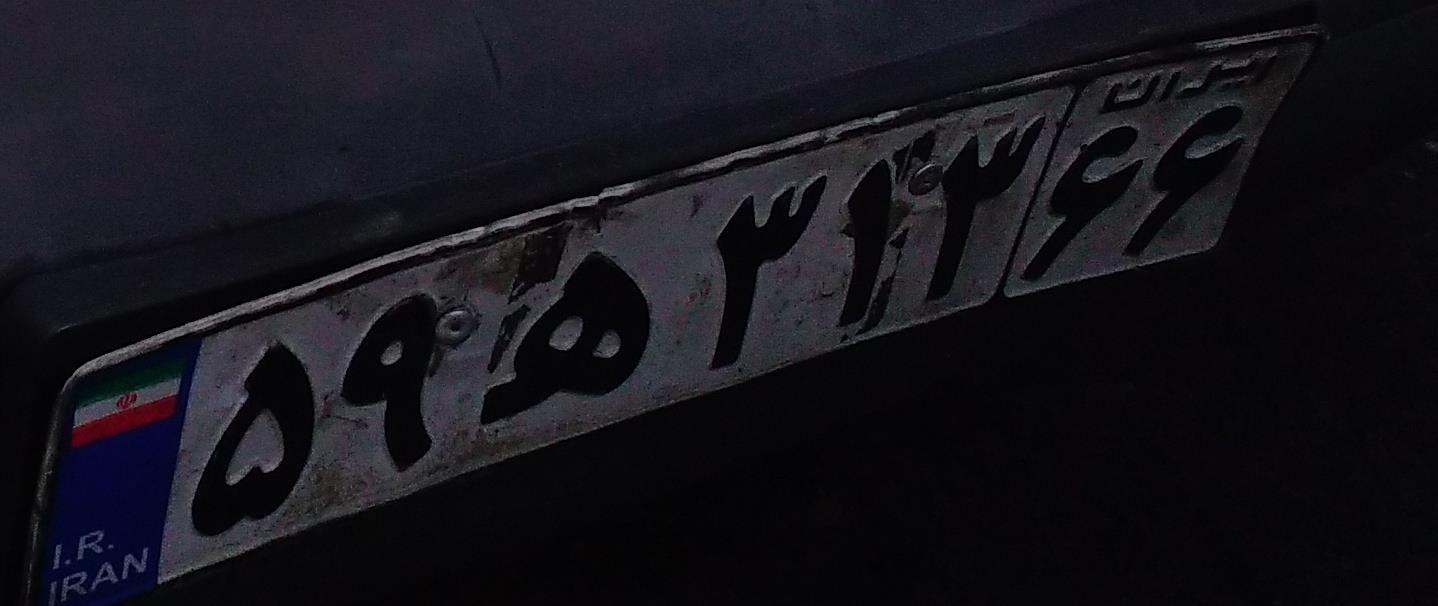
۵۹ه۳۱۳۶۶